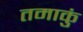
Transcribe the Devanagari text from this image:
तमाकुं